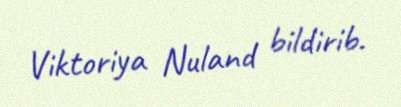
Viktoriya Nuland bildirib.